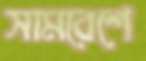
সামবেশে